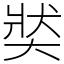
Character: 𡘾